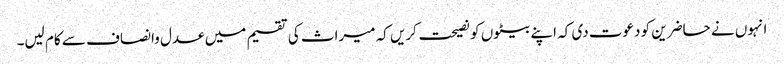
انہوں نے حاضرین کو دعوت دی کہ اپنے بیٹوں کو نصیحت کریں کہ میراث کی تقسیم میں عدل وانصاف سے کام لیں۔